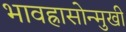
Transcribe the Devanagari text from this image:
भावह्रासोन्मुखी